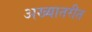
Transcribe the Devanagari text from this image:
अख्यातरीत